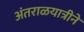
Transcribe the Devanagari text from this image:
अंतराळयात्रीने